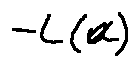
- L ( a )